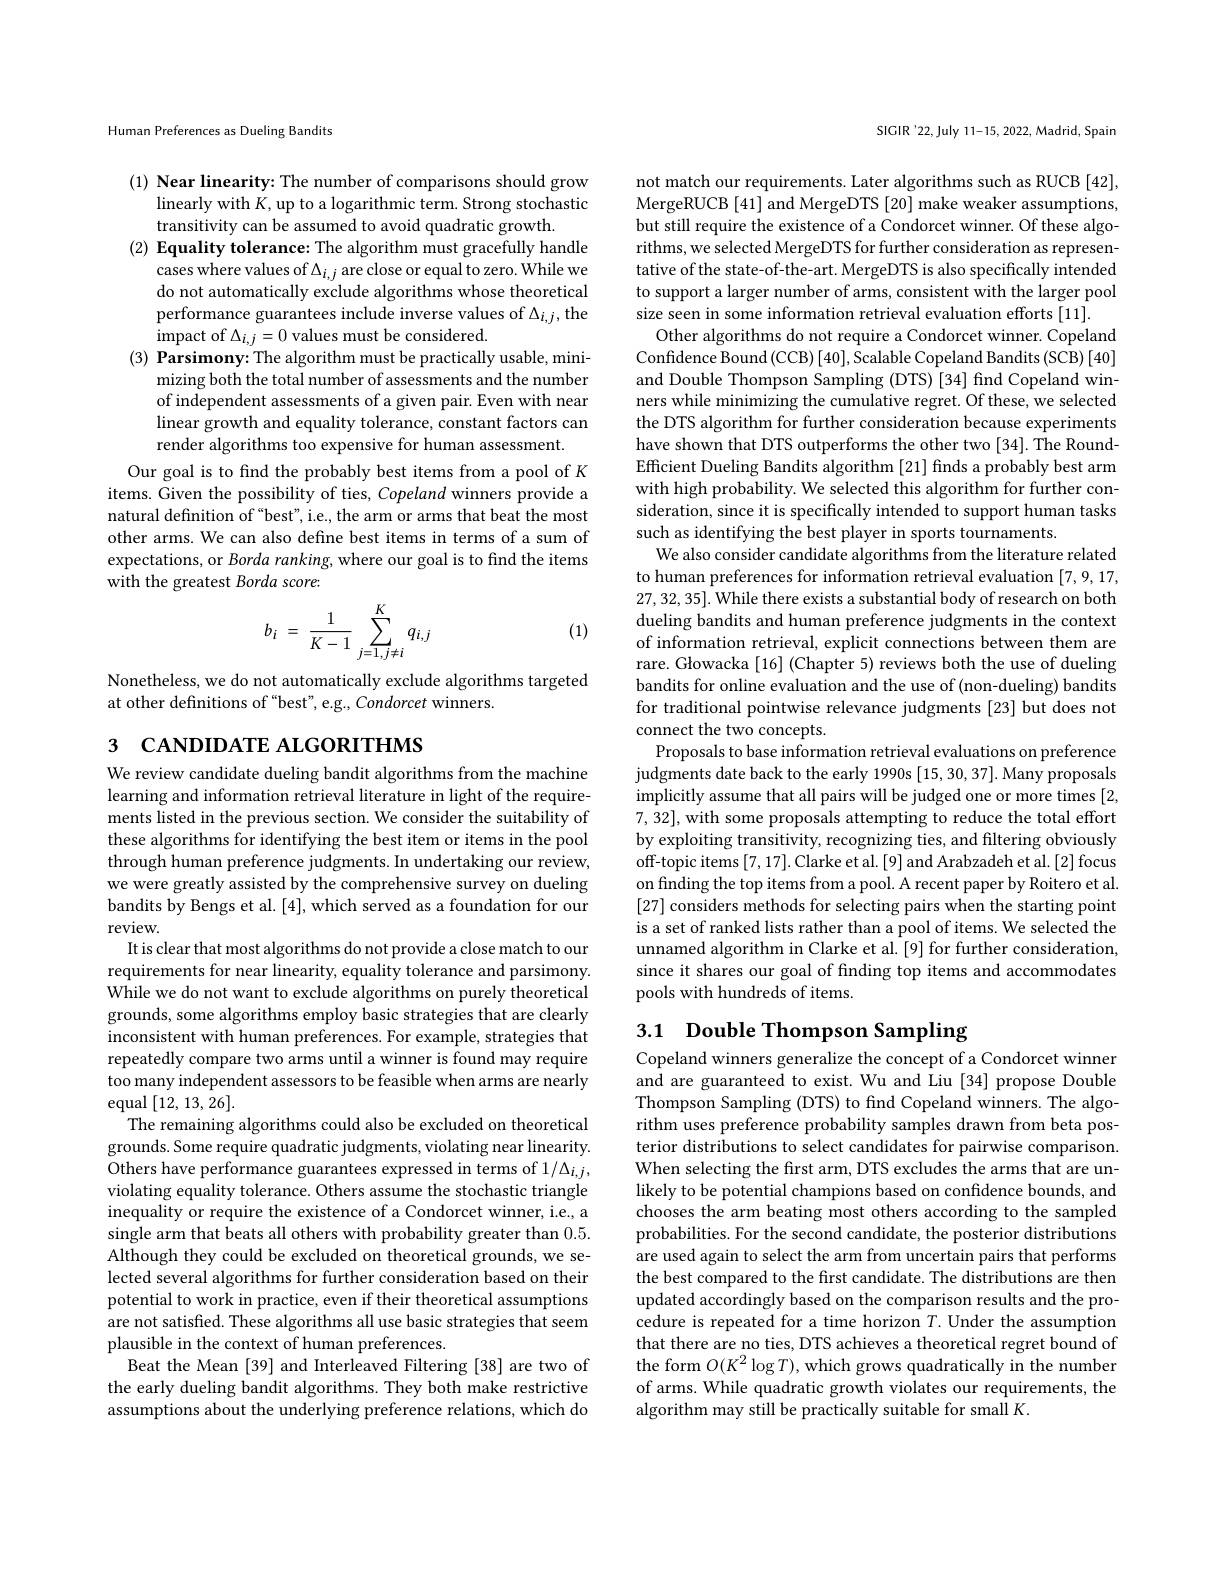
Human Preferences as Dueling Bandits

(1) Near linearity: The number of comparisons should grow
linearly with $K$, up to a logarithmic term. Strong stochastic
transitivity can be assumed to avoid quadratic growth.
(2) Equality tolerance: The algorithm must gracefully handle
cases where values of $\Delta_{i,j}$ are close or equal to zero. While we do not automatically exclude algorithms whose theoretical performance guarantees include inverse values of $\Delta_{i,j}$,the $\operatorname*{impact}$ of$\Delta_i,j=0$ values must be considered
$( 3) \textbf{ Parsimony: The algorithm must be practically usable, mini- }$
mizing both the total number of assessments and the number of independent assessments of a given pair. Even with near linear growth and equality tolerance, constant factors can render algorithms too expensive for human assessment.
Our goal is to find the probably best items from a pool of K items. Given the possibility of ties, Copeland winners provide a natural definition of “best", i.e., the arm or arms that beat the most other arms. We can also define best items in terms of a sum of expectations, or Borda ranking, where our goal is to find the items with the greatest Borda score:

(1)
$$b_i\:=\:\dfrac{1}{K-1}\sum\limits_{j=1,j\neq i}^Kq_{i,j}$$
Nonetheless, we do not automatically exclude algorithms targeted
at other definitions of "best", e.g., Condorcet winners.

# 3 САNDIDATE ALGORITHMS

We review candidate dueling bandit algorithms from the machine learning and information retrieval literature in light of the requirements listed in the previous section. We consider the suitability of these algorithms for identifying the best item or items in the pool through human preference judgments. In undertaking our review, we were greatly assisted by the comprehensive survey on dueling bandits by Bengs et al. [4], which served as a foundation for our review.
It is clear that most algorithms do not provide a close match to our requirements for near linearity, equality tolerance and parsimony. While we do not want to exclude algorithms on purely theoretical grounds, some algorithms employ basic strategies that are clearly inconsistent with human preferences. For example, strategies that repeatedly compare two arms until a winner is found may require too many independent assessors to be feasible when arms are nearly equal [12,13,26].
The remaining algorithms could also be excluded on theoretical grounds. Some require quadratic judgments, violating near linearity. Others have performance guarantees expressed in terms of 1/\Delta_{i,j}, violating equality tolerance. Others assume the stochastic triangle inequality or require the existence of a Condorcet winner, i.e., a single arm that beats all others with probability greater than 0.5. Although they could be excluded on theoretical grounds, we selected several algorithms for further consideration based on their potential to work in practice, even if their theoretical assumptions are not satisfied. These algorithms all use basic strategies that seem plausible in the context of human preferences.
Beat the Mean [39] and Interleaved Filtering [38] are two of the early dueling bandit algorithms. They both make restrictive assumptions about the underlying preference relations, which do

SIGIR '22, July 11-15, 2022, Madrid, Spain

not match our requirements. Later algorithms such as RUCB [42], MergeRUCB [41] and MergeDTS [20] make weaker assumptions, but still require the existence of a Condorcet winner. Of these algorithms, we selected MergeDTS for further consideration as representative of the state-of-the-art. MergeDTS is also specifically intended to support a larger number of arms, consistent with the larger pool size seen in some information retrieval evaluation efforts [11].
Other algorithms do not require a Condorcet winner. Copeland Confidence Bound (CCB) [40], Scalable Copeland Bandits (SCB) [40] and Double Thompson Sampling (DTS) [34] find Copeland winners while minimizing the cumulative regret. Of these, we selected the DTS algorithm for further consideration because experiments have shown that DTS outperforms the other two [34]. The RoundEfficient Dueling Bandits algorithm [21] finds a probably best arm with high probability. We selected this algorithm for further consideration, since it is specifically intended to support human tasks such as identifying the best player in sports tournaments.
We also consider candidate algorithms from the literature related to human preferences for information retrieval evaluation [7,9,17, 27,32,35]. While there exists a substantial body of research on both dueling bandits and human preference judgments in the context of information retrieval, explicit connections between them are rare. Głowacka [16] (Chapter 5) reviews both the use of dueling bandits for online evaluation and the use of (non-dueling) bandits for traditional pointwise relevance judgments [23] but does not connect the two concepts.
Proposals to base information retrieval evaluations on preference judgments date back to the early 1990s [15,30,37]. Many proposals implicitly assume that all pairs will be judged one or more times [2, 7, 32], with some proposals attempting to reduce the total effort by exploiting transitivity, recognizing ties, and filtering obviously off-topic items [7, 17]. Clarke et al. [9] and Arabzadeh et al. [2] focus on finding the top items from a pool. A recent paper by Roitero et al. [27] considers methods for selecting pairs when the starting point is a set of ranked lists rather than a pool of items. We selected the unnamed algorithm in Clarke et al. [9] for further consideration, since it shares our goal of finding top items and accommodates pools with hundreds of items.
3.1 Double Thompson Sampling

Copeland winners generalize the concept of a Condorcet winner and are guaranteed to exist. Wu and Liu [34] propose Double Thompson Sampling (DTS) to find Copeland winners. The algorithm uses preference probability samples drawn from beta posterior distributions to select candidates for pairwise comparison. When selecting the first arm, DTS excludes the arms that are unlikely to be potential champions based on confidence bounds, and chooses the arm beating most others according to the sampled probabilities. For the second candidate, the posterior distributions are used again to select the arm from uncertain pairs that performs the best compared to the first candidate. The distributions are then updated accordingly based on the comparison results and the procedure is repeated for a time horizon $T.$ Under the assumption that there are no ties, DTS achieves a theoretical regret bound of the form $O(K^2\log T)$, which grows quadratically in the number of arms. While quadratic growth violates our requirements, the algorithm may still be practically suitable for small K.